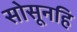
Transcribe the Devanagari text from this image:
सोसूनहि